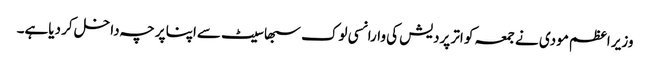
وزیر اعظم مودی نے جمعہ کو اتر پردیش کی وارانسی لوک سبھا سیٹ سےاپنا پرچہ داخل کر دیاہے۔